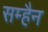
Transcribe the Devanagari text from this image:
सम्हैन